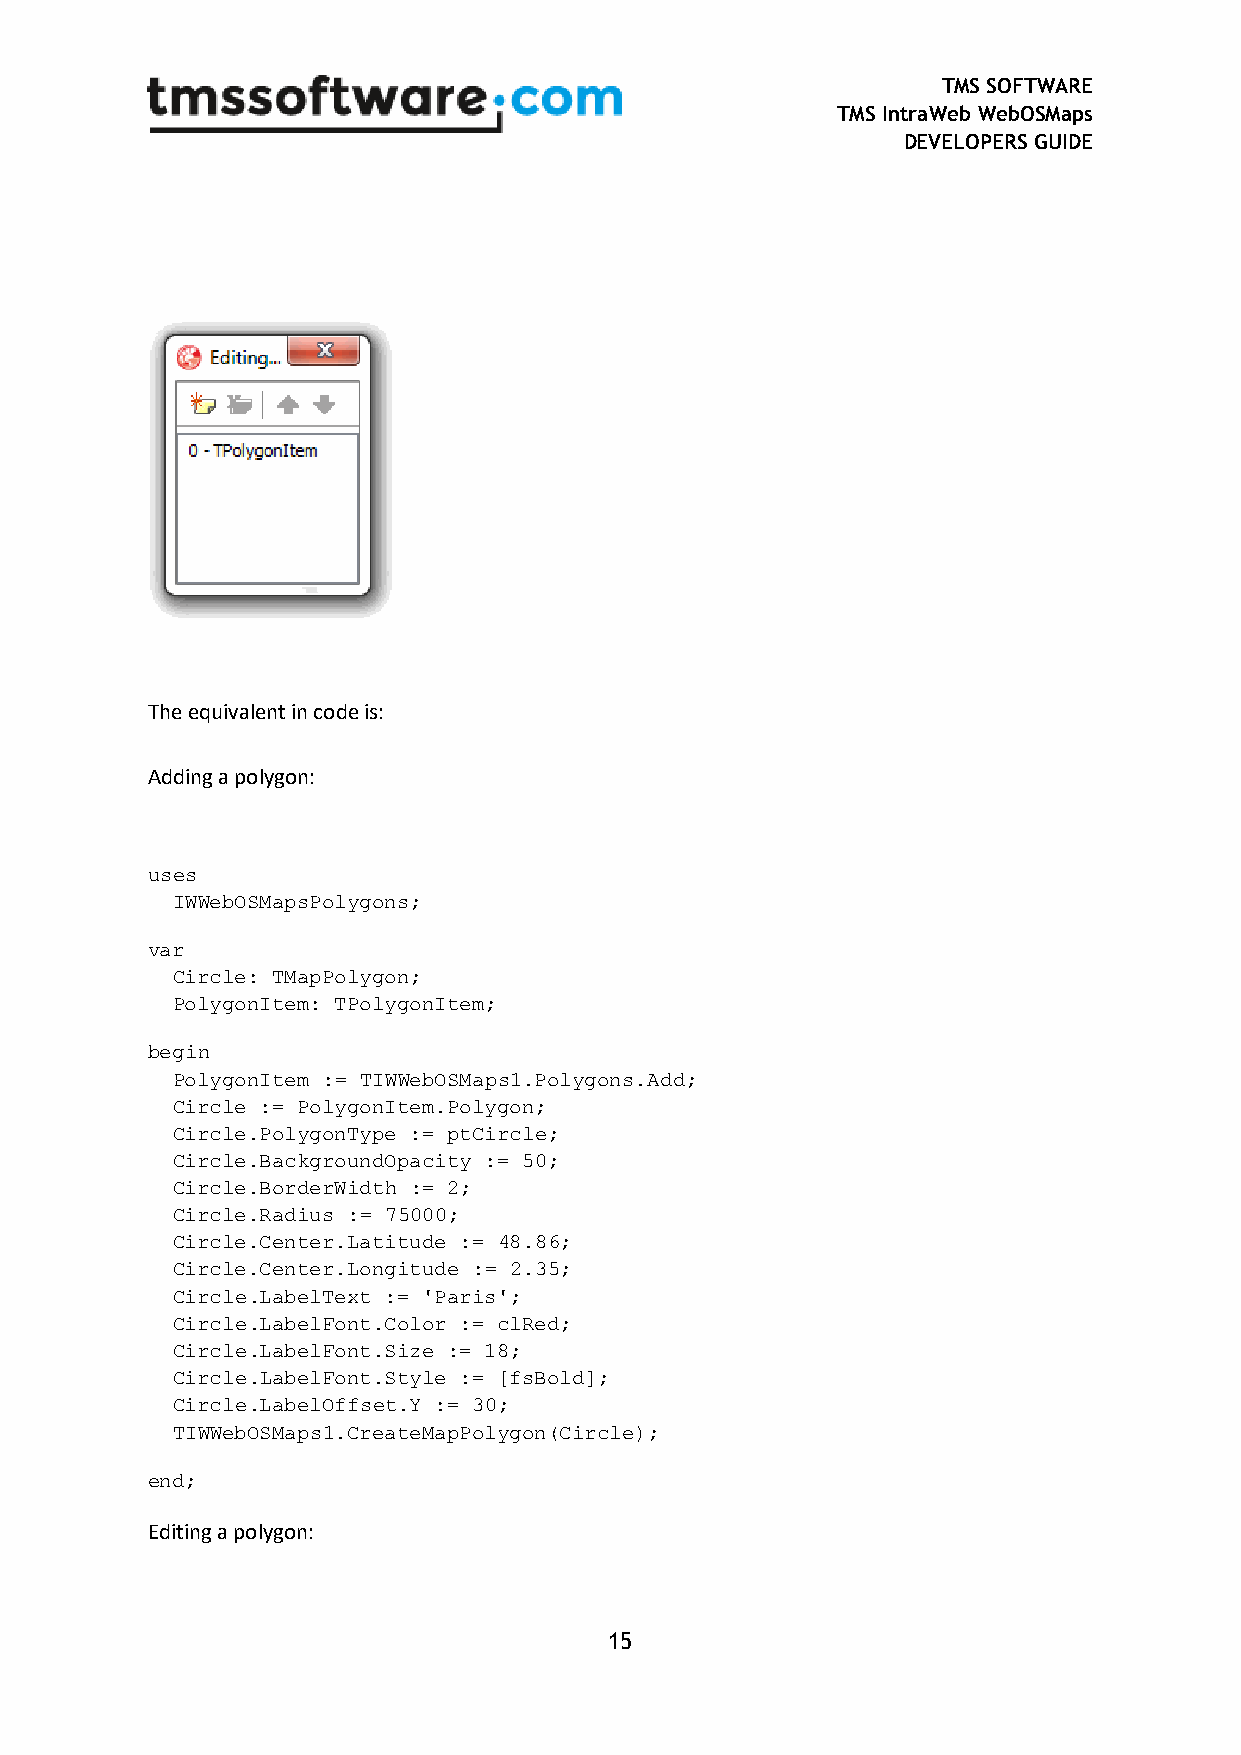
TMS SOFTWARE
 TMS IntraWeb WebOSMaps
 DEVELOPERS GUIDE
 The equivalent in code is:
 Adding a polygon:
 uses
 IWWebOSMapsPolygons;
 var
 Circle: TMapPolygon;
 PolygonItem: TPolygonItem;
 begin
 PolygonItem := TIWWebOSMaps1.Polygons.Add;
 Circle := PolygonItem.Polygon;
 Circle.PolygonType := ptCircle;
 Circle.BackgroundOpacity := 50;
 Circle.BorderWidth := 2;
 Circle.Radius := 75000;
 Circle.Center.Latitude := 48.86;
 Circle.Center.Longitude := 2.35;
 Circle.LabelText := 'Paris';
 Circle.LabelFont.Color := clRed;
 Circle.LabelFont.Size := 18;
 Circle.LabelFont.Style := [fsBold];
 Circle.LabelOffset.Y := 30;
 TIWWebOSMaps1.CreateMapPolygon(Circle);
 end;
 Editing a polygon:
 15